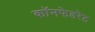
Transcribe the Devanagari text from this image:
कॉनफेडरेट